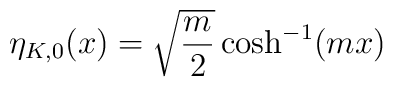
\eta_{K,0}(x)=\sqrt{\frac{m}{2}}\cosh^{-1}(mx)